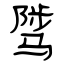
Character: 骘